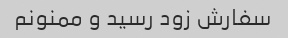
سفارش زود رسید و ممنونم